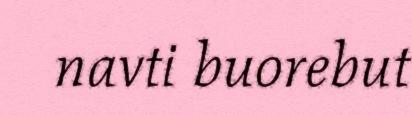
navti buorebut